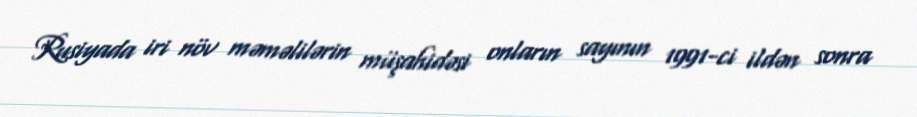
Rusiyada iri növ məməlilərin müşahidəsi onların sayının 1991-ci ildən sonra